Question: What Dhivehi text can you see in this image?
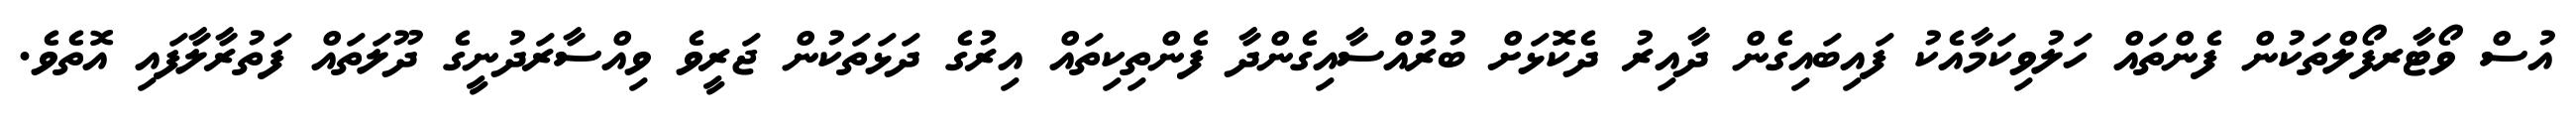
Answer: އުސް ވޯޓާރފޯލްތަކުން ފެންތައް ހަލުވިކަމާއެކު ފައިބައިގެން ދާއިރު ދެކޮޅަށް ބުރުއްސާއިގެންދާ ފެންތިކިތައް އިރުގެ ދަޅަތަކުން ޖަރީވެ ވިއްސާރަދުނީގެ ދޫލަތައް ފަތުރާލާފައި އޮތެވެ.